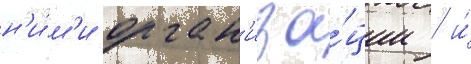
н'и́м'и орган'иза́ции / и́